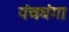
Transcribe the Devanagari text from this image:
पंचघंगा